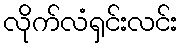
လိုက်လံရှင်းလင်း